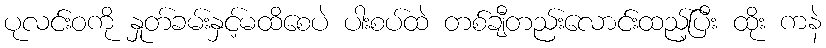
ပုလင်းဝကို နှုတ်ခမ်းနှင့်မထိစေပဲ ပါးစပ်ထဲ တစ်ချီတည်းလောင်းထည့်ပြီး ထိုး ကနဲ